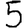
Digit: 5